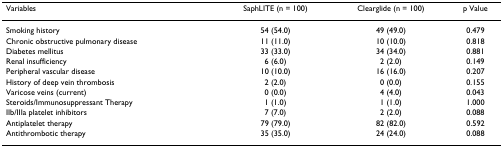
| Variables | SaphLITE (n = 100) | Clearglide (n = 100) | p Value |
 | --- | --- | --- | --- |
 | Smoking history | 54 (54.0) | 49 (49.0) | 0.479 |
 | Chronic obstructive pulmonary disease | 11 (11.0) | 10 (10.0) | 0.818 |
 | Diabetes mellitus | 33 (33.0) | 34 (34.0) | 0.881 |
 | Renal insufficiency | 6 (6.0) | 2 (2.0) | 0.149 |
 | Peripheral vascular disease | 10 (10.0) | 16 (16.0) | 0.207 |
 | History of deep vein thrombosis | 2 (2.0) | 0 (0.0) | 0.155 |
 | Varicose veins (current) | 0 (0.0) | 4 (4.0) | 0.043 |
 | Steroids/Immunosuppressant Therapy | 1 (1.0) | 1 (1.0) | 1.000 |
 | IIb/IIIa platelet inhibitors | 7 (7.0) | 2 (2.0) | 0.088 |
 | Antiplatelet therapy | 79 (79.0) | 82 (82.0) | 0.592 |
 | Antithrombotic therapy | 35 (35.0) | 24 (24.0) | 0.088 |